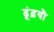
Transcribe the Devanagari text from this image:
ढूंढ़यौ